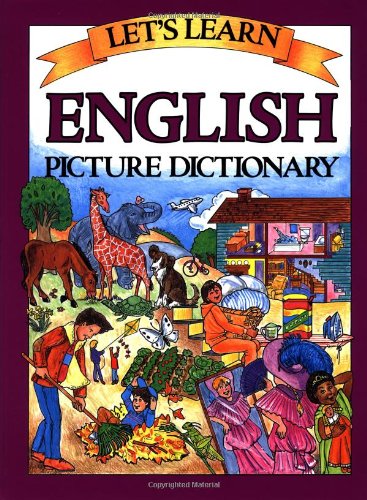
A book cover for Let's Learn English Picture Dictionary; Marlene Goodman; Children's Books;